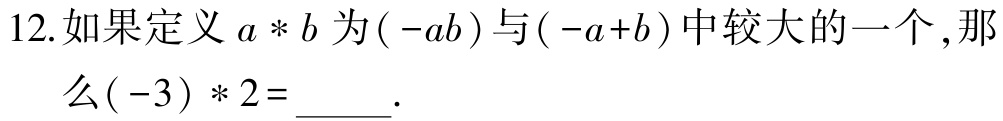
12.如果定义\(a * b\)为\((-ab)\)与\((-a + b)\)中较大的一个，那么\((-3)*2=\)_____.